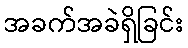
အခက်အခဲရှိခြင်း